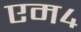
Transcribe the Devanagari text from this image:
एम४